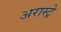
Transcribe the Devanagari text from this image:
अरास्ट्रे